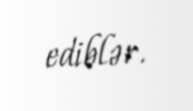
ediblər.